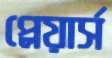
প্লেয়ার্স